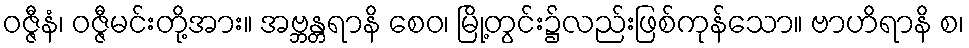
ဝဇ္ဇီနံ၊ ဝဇ္ဇီမင်းတို့အား။ အဗ္ဘန္တရာနိ စေဝ၊ မြို့တွင်း၌လည်းဖြစ်ကုန်သော။ ဗာဟိရာနိ စ၊